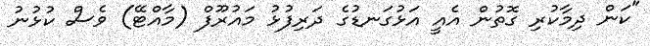
"ކަން ދިމާކުރި ގޮތުން އެއީ އަޅުގަނޑުގެ ދަރިފުޅު މައުރޫފް (މާއްޓޭ) ވެސް ކުޅުނު